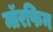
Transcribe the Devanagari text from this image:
मॉरफिन